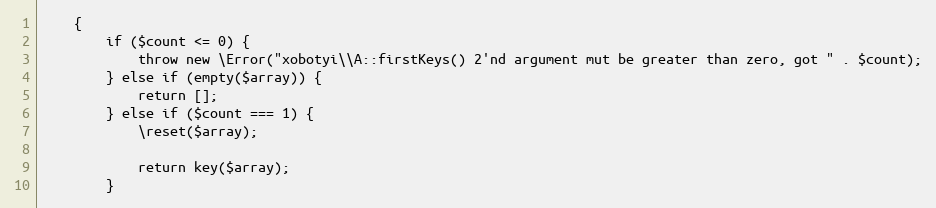
Language: PHP
    {
        if ($count <= 0) {
            throw new \Error("xobotyi\\A::firstKeys() 2'nd argument mut be greater than zero, got " . $count);
        } else if (empty($array)) {
            return [];
        } else if ($count === 1) {
            \reset($array);

            return key($array);
        }